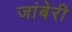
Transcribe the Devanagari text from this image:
जांबेरी